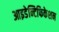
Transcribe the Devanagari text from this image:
आइडेन्टिफिकेशन